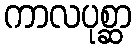
ကာလပုစ္ဆာ